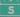
s